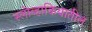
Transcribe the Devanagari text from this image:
स्लोव्हाकियातील